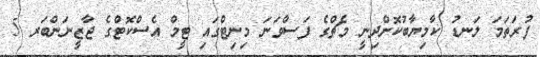
ފުރަތަމަ ލަނޑު ކާމިޔާބުކޮށްދިނީ މެޗްގެ ފަސްވަނަ މިނިޓްގައި ޓީމް އެސްކޮޓްގެ ޖާޒީނަންބަރ 5